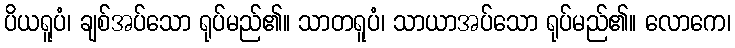
ပိယရူပံ၊ ချစ်အပ်သော ရုပ်မည်၏။ သာတရူပံ၊ သာယာအပ်သော ရုပ်မည်၏။ လောကေ၊